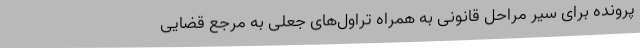
پرونده برای سیر مراحل قانونی به همراه تراول‌های جعلی به مرجع قضایی